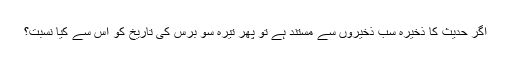
اگر حدیث کا ذخیرہ سب ذخیروں سے مستند ہے تو پھر تیرہ سو برس کی تاریخ کو اس سے کیا نسبت؟